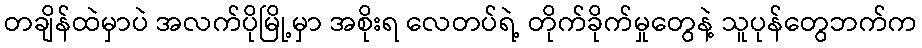
တချိန်ထဲမှာပဲ အလက်ပိုမြို့မှာ အစိုးရ လေတပ်ရဲ့ တိုက်ခိုက်မှုတွေနဲ့ သူပုန်တွေဘက်က